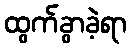
ထွက်ခွာခဲ့ရာ